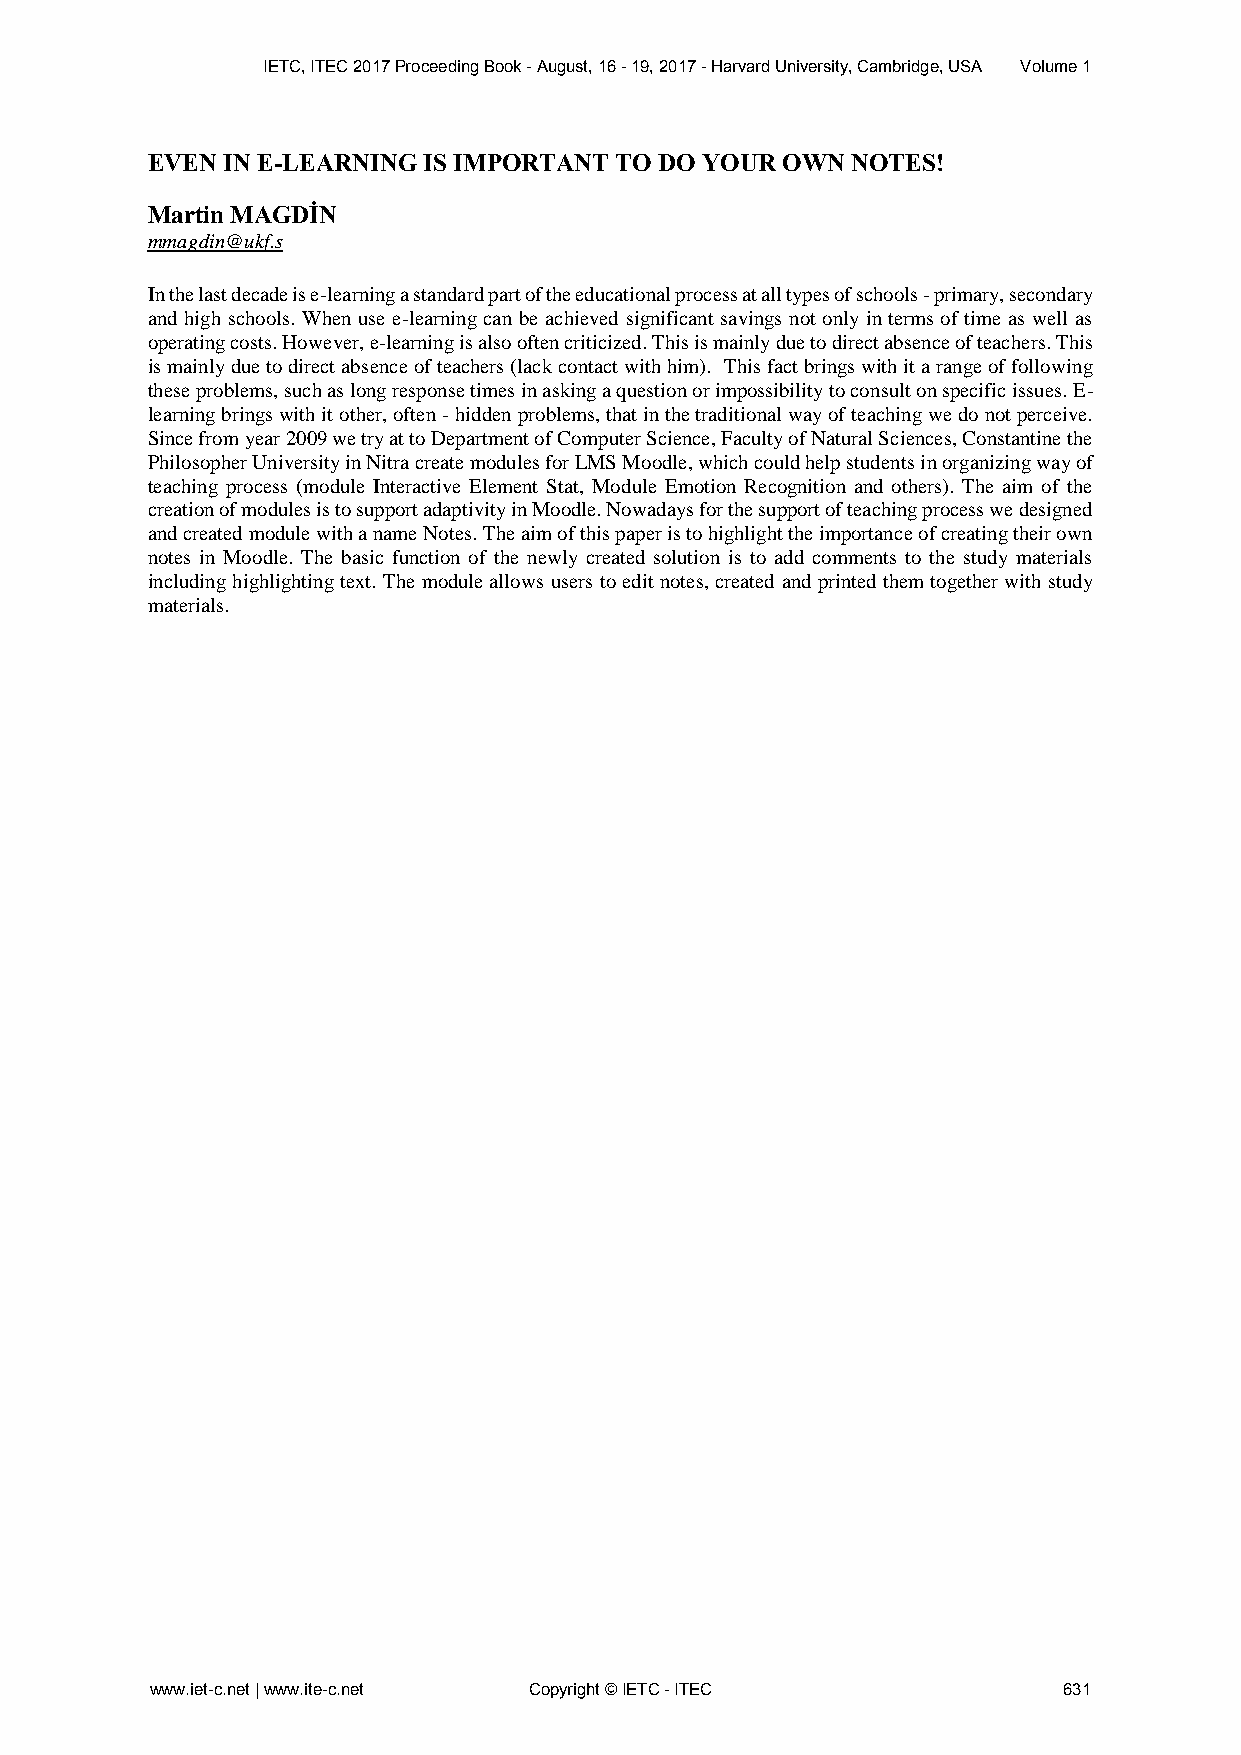
IETC, ITEC 2017 Proceeding Book - August, 16 - 19, 2017 - Harvard University, Cambridge, USA Volume 1
 EVEN IN E-LEARNING IS IMPORTANT TO DO YOUR OWN NOTES!
 Martin MAGDİN
 mmagdin@ukf.s
 In the last decade is e-learning a standard part of the educational process at all types of schools - primary, secondary
 and high schools. When use e-learning can be achieved significant savings not only in terms of time as well as
 operating costs. However, e-learning is also often criticized. This is mainly due to direct absence of teachers. This
 is mainly due to direct absence of teachers (lack contact with him). This fact brings with it a range of following
 these problems, such as long response times in asking a question or impossibility to consult on specific issues. E-
 learning brings with it other, often - hidden problems, that in the traditional way of teaching we do not perceive.
 Since from year 2009 we try at to Department of Computer Science, Faculty of Natural Sciences, Constantine the
 Philosopher University in Nitra create modules for LMS Moodle, which could help students in organizing way of
 teaching process (module Interactive Element Stat, Module Emotion Recognition and others). The aim of the
 creation of modules is to support adaptivity in Moodle. Nowadays for the support of teaching process we designed
 and created module with a name Notes. The aim of this paper is to highlight the importance of creating their own
 notes in Moodle. The basic function of the newly created solution is to add comments to the study materials
 including highlighting text. The module allows users to edit notes, created and printed them together with study
 materials.
 www.iet-c.net | www.ite-c.net Copyright © IETC - ITEC       631